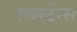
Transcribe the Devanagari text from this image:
सबस्टैन्स